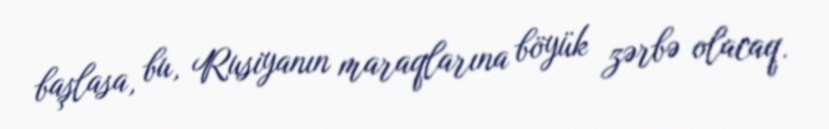
başlasa, bu, Rusiyanın maraqlarına böyük zərbə olacaq.